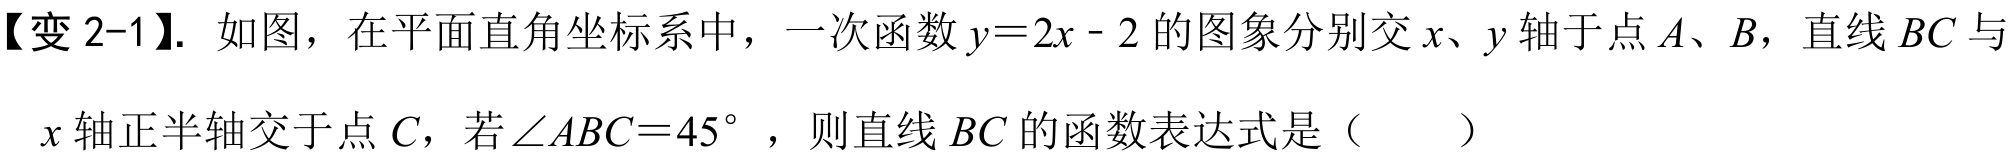
【变 2-1】. 如图，在平面直角坐标系中，一次函数\(y = 2x - 2\)的图象分别交\(x\)、\(y\)轴于点\(A\)、\(B\)，直线\(BC\)与\(x\)轴正半轴交于点\(C\)，若\(\angle ABC = 45^{\circ}\)，则直线\(BC\)的函数表达式是（  ）